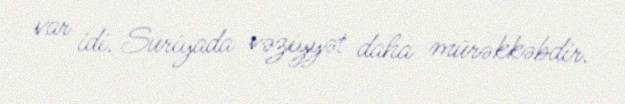
var idi. Suriyada vəziyyət daha mürəkkəbdir.